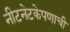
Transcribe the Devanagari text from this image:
नीटनेटकेपणाची